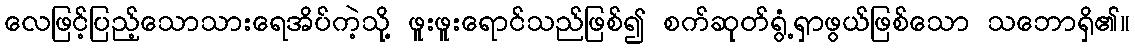
လေဖြင့်ပြည့်သောသားရေအိပ်ကဲ့သို့ ဖူးဖူးရောင်သည်ဖြစ်၍ စက်ဆုတ်ရွံ့ရှာဖွယ်ဖြစ်သော သဘောရှိ၏။